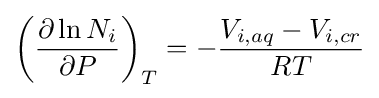
\left({\frac {\partial \ln N_{i}}{\partial P}}\right)_{T}=-{\frac {V_{i,aq}-V_{i,cr}}{RT}}